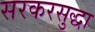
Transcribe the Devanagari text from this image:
सरकरसुद्धा